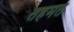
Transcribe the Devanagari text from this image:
तहमत